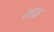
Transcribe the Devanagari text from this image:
शाफ